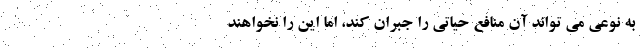
به نوعی می تواند آن منافع حیاتی را جبران کند، اما این را نخواهند